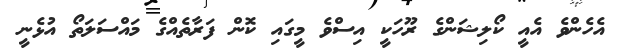
އެހެންވެ އެއީ ކޯލިޝަންގެ ރޫހަކީ އިސްވެ މީގައި ކޮން ފަރާތެއްގެ މައްސަލަތޯ އުޅެނީ